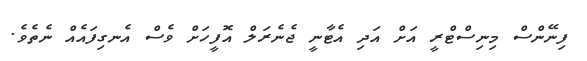
ފިނޭންސް މިނިސްޓްރީ އަށް އަދި އެޓާނީ ޖެނެރަލް އޮފީހަށް ވެސް އެނގިފައެއް ނެތެވެ.